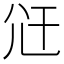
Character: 𭕍